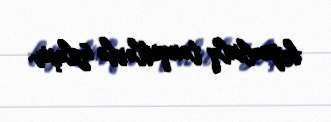
beynəlxalq tənqidlərlə üzləşir.